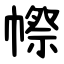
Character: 㡜